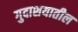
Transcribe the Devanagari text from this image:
गुदाशयातील